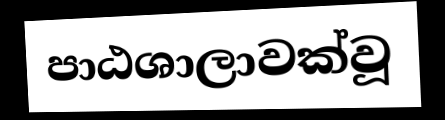
පාඨශාලාවක්වූ